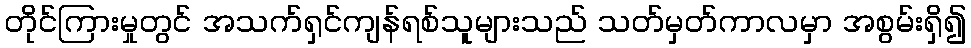
တိုင်ကြားမှုတွင် အသက်ရှင်ကျန်ရစ်သူများသည် သတ်မှတ်ကာလမှာ အစွမ်းရှိ၍